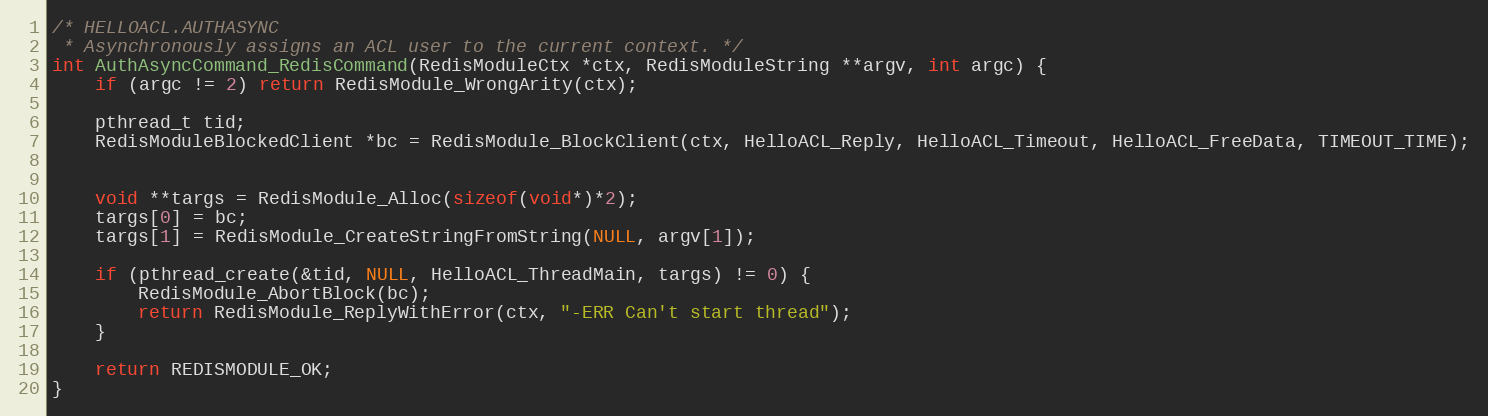
Language: C
/* HELLOACL.AUTHASYNC
 * Asynchronously assigns an ACL user to the current context. */
int AuthAsyncCommand_RedisCommand(RedisModuleCtx *ctx, RedisModuleString **argv, int argc) {
    if (argc != 2) return RedisModule_WrongArity(ctx);

    pthread_t tid;
    RedisModuleBlockedClient *bc = RedisModule_BlockClient(ctx, HelloACL_Reply, HelloACL_Timeout, HelloACL_FreeData, TIMEOUT_TIME);

    void **targs = RedisModule_Alloc(sizeof(void*)*2);
    targs[0] = bc;
    targs[1] = RedisModule_CreateStringFromString(NULL, argv[1]);

    if (pthread_create(&tid, NULL, HelloACL_ThreadMain, targs) != 0) {
        RedisModule_AbortBlock(bc);
        return RedisModule_ReplyWithError(ctx, "-ERR Can't start thread");
    }

    return REDISMODULE_OK;
}